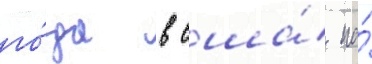
го́да в сша́ на́